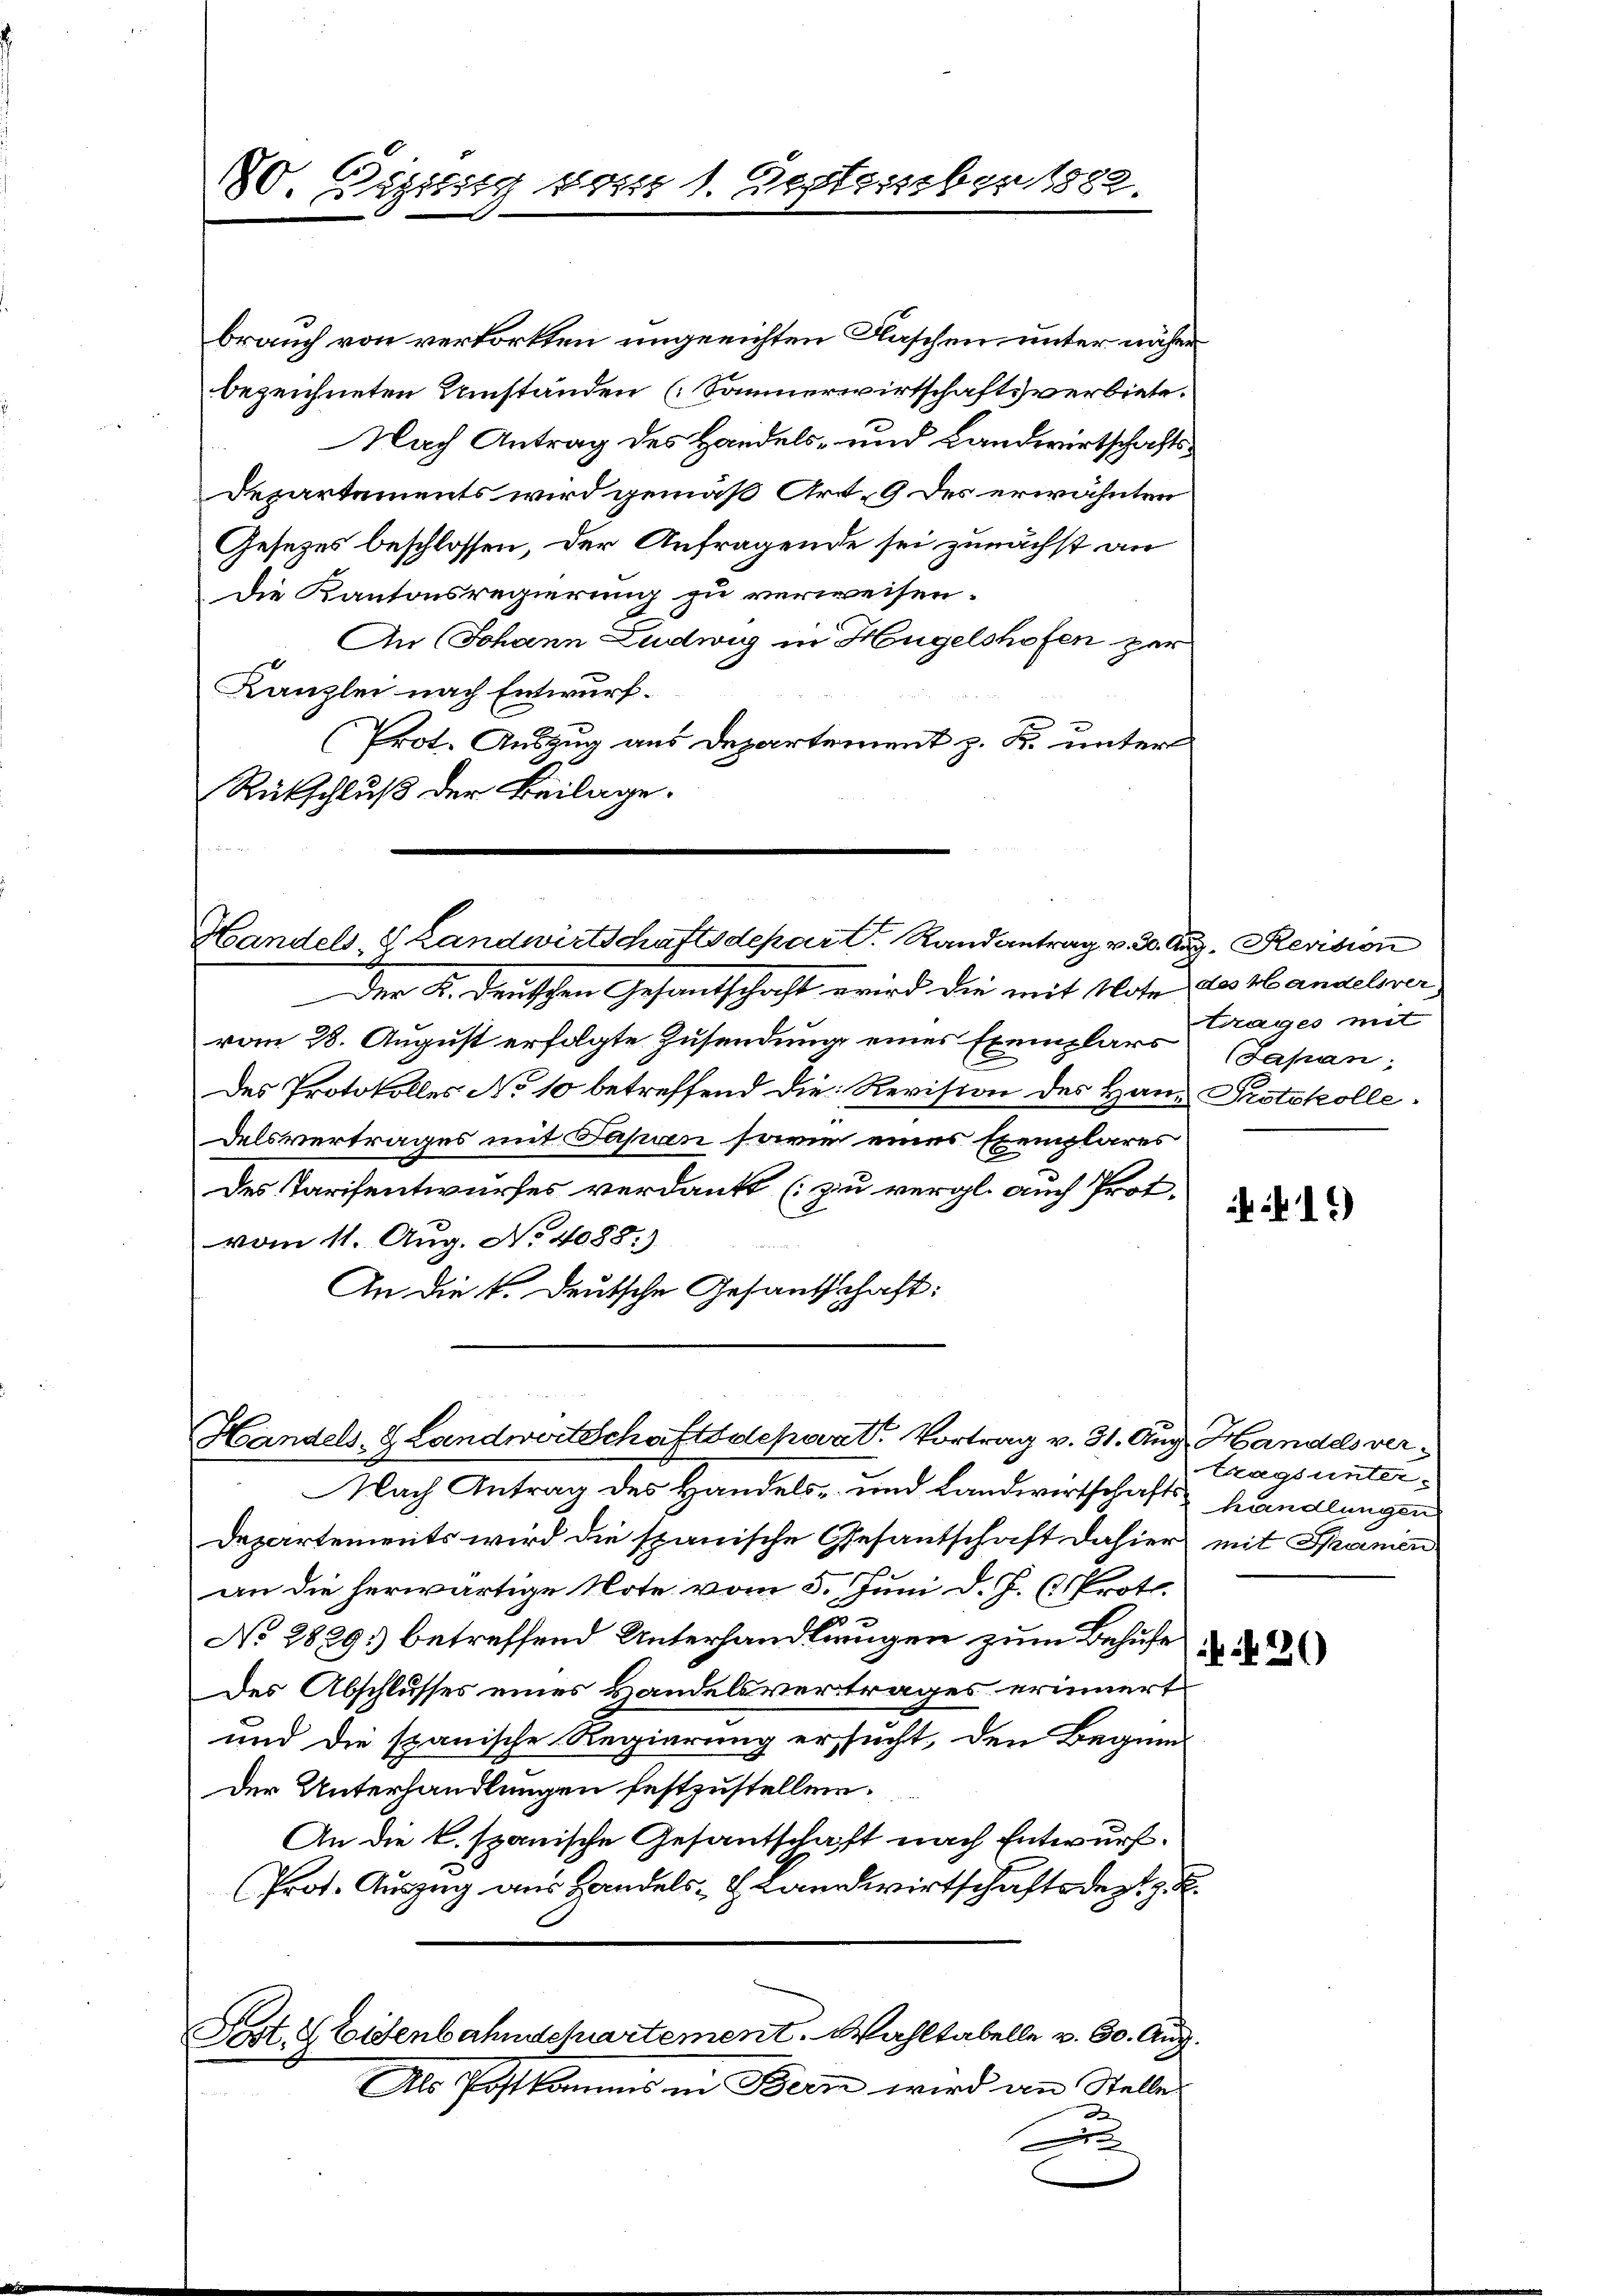
80. Gisissig von 1. Oestrissber 1882.

brauch von verkortten ungerichten Flaschen unter näher
bezeichneten Umständen (Sommerwirtschaftsverbiete.
Nach Antrag des Handels- und Landwirtschafts¬
Departements wird gemäß Art. 9 des erwähnten
Gesezes beschlossen, der Anfragende sei zunächst an
Die Kantonsregierung zu verweisen.
An Johann Ludwig in Hügelshofen zur
Kanzlei nach Entwurf.
Prot. Auszug aus Departement z. B. unter
Rückschluß der Beilage.

Handels & Landwirtschaftsdepar C. Randantrag v. 30. Aug. Revision

Japan,

Der K. Deutschen Gesantschaft wird die mit Note des Handelsver
vom 28. August erfolgte Zusendung eines Exemplars Frages mit
des Protokolles No 10 betreffend die Revision des Hans Protokolledelsvertrages mit Papien sowie eines Exemplares
des Tarifentwurfes verdankt (zu vergl. auch Prot
vom 11. Aug. No 4088.)
An die k. Deutsche Gesandtschaft:

19

Handels- & Landwertschaftsdepart. Vortrag v. 31. Aug. Handels ver¬

trags unter¬

Nach Antrag des Handels- und Landwirtschaft handlungen
Departements wird die spanische Gesantschaft dahier mit Spanien
an die herwärtige Note vom 5. Juni d. J. Proto
No 28291) betreffend Unterhandlungen zum Behufe
Des Abschlusses eines Handelsvertrages erinnert
und die spanische Regierung ersucht, den Beginn
Der Unterhandlungen festzustellen.
An die k. spanische Gesantschaft nach Entwurf.
Prot. Auszug aus Handels- & Landwirtschaftsdest z. B.
Post. S Eisenbahnschartement. Wahltabelle v. 30. Aug.
Als Postkommis in Bern wird an Stelle
r

226)